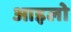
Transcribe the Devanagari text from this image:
आइलो